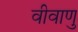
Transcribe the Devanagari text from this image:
वीवाणु